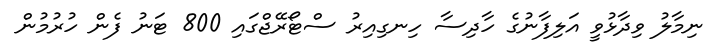
ނިމާލު ވިދާޅުވީ އަލިފާނުގެ ހާދިސާ ހިނގިއިރު ސްޓޯރޭޖްގައި 800 ޓަނު ފެން ހުރުމުން